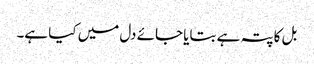
بل کا پتہ ہے بتایا جائے دل میں کیا ہے۔